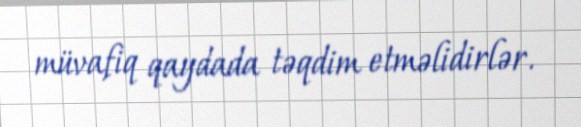
müvafiq qaydada təqdim etməlidirlər.